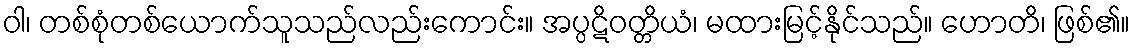
ဝါ၊ တစ်စုံတစ်ယောက်သူသည်လည်းကောင်း။ အပ္ပဋိဝတ္တိယံ၊ မထားမြင့်နိုင်သည်။ ဟောတိ၊ ဖြစ်၏။